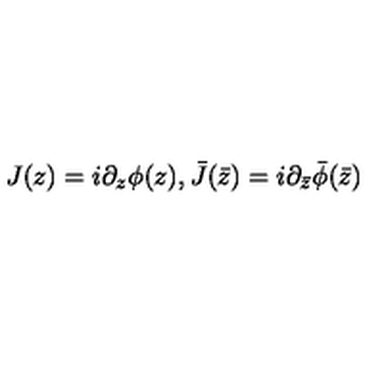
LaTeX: J ( z ) = i \partial _ { z } \phi ( z ) , \bar { J } ( \bar { z } ) = i \partial _ { \bar { z } } \bar { \phi } ( \bar { z } )